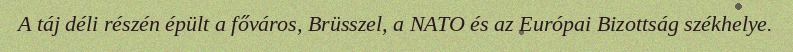
A táj déli részén épült a főváros, Brüsszel, a NATO és az Európai Bizottság székhelye.